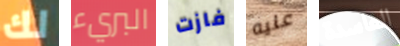
لك البريء فازت عليه الفاسدة